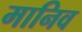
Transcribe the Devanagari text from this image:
मानिव